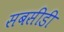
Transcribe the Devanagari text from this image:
सबसीडी